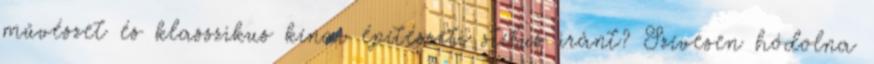
művészet és klasszikus kínai építészeti stílus iránt? Szívesen hódolna